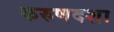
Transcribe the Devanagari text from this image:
करुणदशा